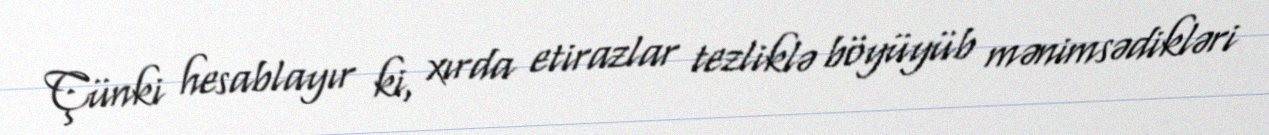
Çünki hesablayır ki, xırda etirazlar tezliklə böyüyüb mənimsədikləri